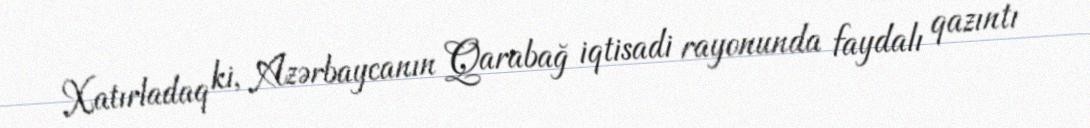
Xatırladaq ki, Azərbaycanın Qarabağ iqtisadi rayonunda faydalı qazıntı